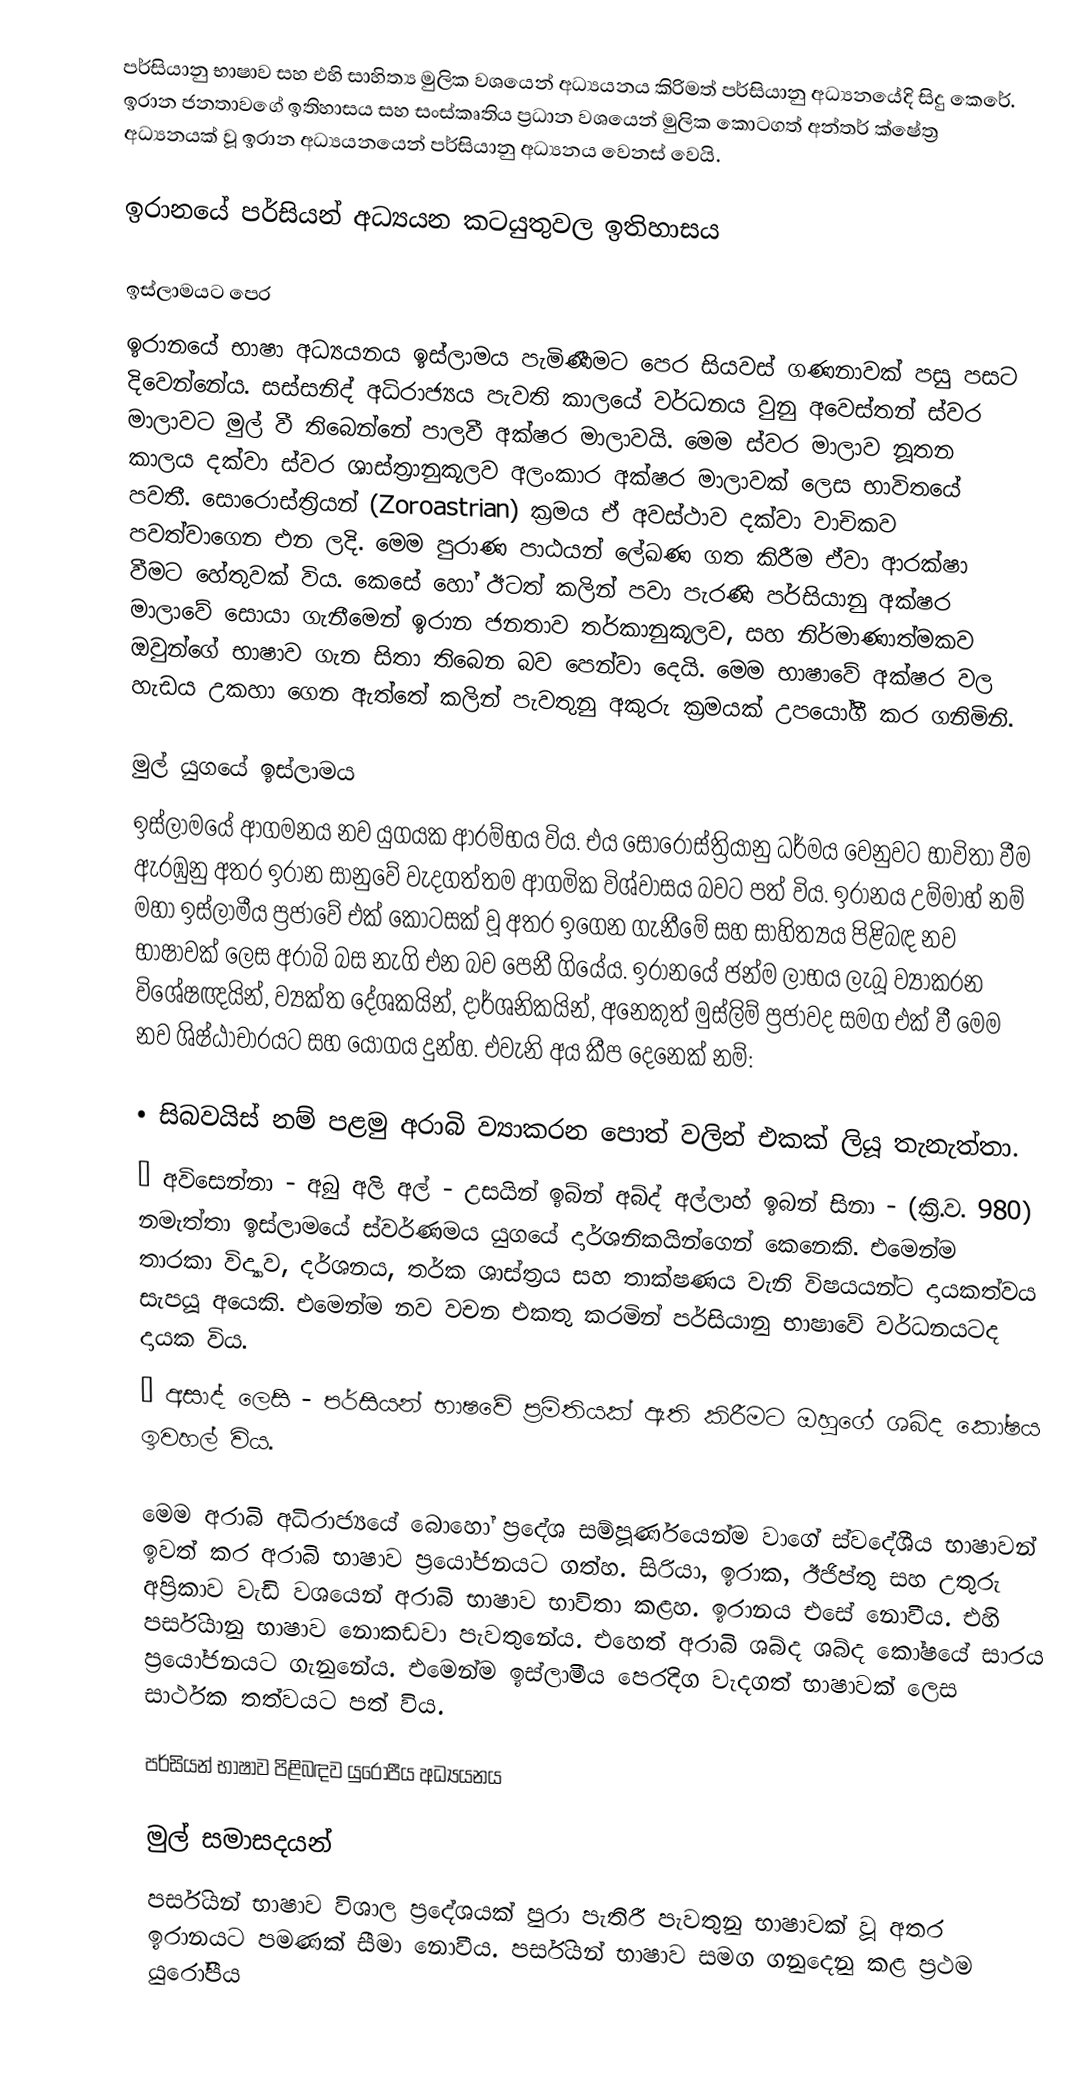
පර්සියානු භාෂාව සහ එහි සාහිත්‍ය මුලික වශයෙන් අධ්‍යයනය කිරිමත් පර්සියානු අධ්‍යනයේදි සිදු කෙරේ. ඉරාන ජනතාවගේ ඉතිහාසය සහ සංස්කෘතිය ප්‍රධාන වශයෙන් මුලික කොටගත් අන්තර් ක්ෂේත්‍ර අධ්‍යනයක් වූ ඉරාන අධ්‍යයනයෙන් පර්සියානු අධ්‍යනය වෙනස් වෙයි.

ඉරානයේ පර්සියන් අධ්‍යයන කටයුතුවල ඉතිහාසය

ඉස්ලාමයට පෙර
ඉරානයේ භාෂා අධ්‍යයනය ඉස්ලාමය පැමිණීමට පෙර සියවස් ගණනාවක් පසු පසට දිවෙන්නේය.  සස්සනිද් අධිරාජ්‍යය පැවති කාලයේ වර්ධනය වුනු අවෙස්තන් ස්වර මාලාවට මුල් වී තිබෙන්නේ පාලවී අක්ෂර මාලාවයි. මෙම ස්වර මාලාව නූතන කාලය දක්වා ස්වර ශාස්ත්‍රානුකූලව අලංකාර අක්ෂර මාලාවක් ලෙස භාවිතයේ පවතී. සොරොස්ත්‍රියන් (Zoroastrian) ක්‍රමය ඒ අවස්ථාව දක්වා වාචිකව පවත්වාගෙන එන ලදි. මෙම පුරාණ පාඨයන් ලේඛණ ගත කිරීම ඒවා ආරක්ෂා වීමට හේතුවක් විය. කෙසේ හෝ ඊටත් කලින් පවා පැරණි පර්සියානු අක්ෂර මාලාවේ සොයා ගැනීමෙන් ඉරාන ජනතාව තර්කානුකූලව, සහ නිර්මාණාත්මකව ඔවුන්ගේ භාෂාව ගැන සිතා තිබෙන බව පෙන්වා දෙයි. මෙම භාෂාවේ අක්ෂර වල හැඩය උකහා ගෙන ඇත්තේ කලින් පැවතුනු අකුරු ක්‍රමයක් උපයෝගී කර ගනිමිනි.

මුල් යුගයේ ඉස්ලාමය
ඉස්ලාමයේ ආගමනය නව යුගයක ආරම්භය විය. එය සොරොස්ත්‍රියානු ධර්මය වෙනුවට භාවිතා වීම ඇරඹුනු අතර ඉරාන සානුවේ වැදගත්තම ආගමික විශ්වාසය බවට පත් විය. ඉරානය උම්මාහ් නම් මහා ඉස්ලාමීය ප්‍රජාවේ එක් කොටසක් වූ අතර ඉගෙන ගැනීමේ සහ සාහිත්‍යය පිළිබඳ නව භාෂාවක් ලෙස අරාබි බස නැගි එන බව පෙනී ගියේය. ඉරානයේ ජන්ම ලාභය ලැබූ ව්‍යාකරන විශේෂඥයින්, ව්‍යක්ත දේශකයින්, දාර්ශනිකයින්, අනෙකුත් මුස්ලිම් ප්‍රජාවද සමග එක් වී මෙම නව ශිෂ්ඨාචාරයට සහ යෝගය දුන්හ. එවැනි අය කීප දෙනෙක් නම්:

	•	සිබවයිස් නම් පළමු අරාබි ව්‍යාකරන පොත් වලින් එකක් ලියූ තැනැත්තා.
	•	අවිසෙන්නා - අබු අලි අල් - උසයින් ඉබ්න් අබ්ද් අල්ලාහ් ඉබන් සිනා - (ක්‍රි.ව. 980) නමැත්තා ඉස්ලාමයේ ස්වර්ණමය යුගයේ දාර්ශනිකයින්ගෙන් කෙනෙකි. එමෙන්ම තාරකා විද්‍යාව, දර්ශනය, තර්ක ශාස්ත්‍රය සහ තාක්ෂණය වැනි විෂයයන්ට දායකත්වය සැපයූ අයෙකි. එමෙන්ම නව වචන එකතු කරමින් පර්සියානු භාෂාවේ වර්ධනයටද දායක විය.
	•	අසාද් ලෙසි - පර්සියන් භාෂවේ ප්‍රමිතියක් ඇති කිරීමට ඔහුගේ ශබ්ද කෝෂය ඉවහල් විය.

මෙම අරාබි අධිරාජ්‍යයේ බොහෝ ප්‍රදේශ සම්පූර්ණයෙන්ම වාගේ ස්වදේශීය භාෂාවන් ඉවත් කර  අරාබි භාෂාව ප්‍රයෝජනයට ගත්හ. සිරියා, ඉරාක, ඊජිප්තු සහ උතුරු අප්‍රිකාව වැඩි වශයෙන් අරාබි භාෂාව භාවිතා කළහ. ඉරානය එසේ නොවීය. එහි පර්සියානු භාෂාව නොකඩවා පැවතුනේය. එහෙත් අරාබි ශබ්ද ශබ්ද කෝෂයේ සාරය ප්‍රයෝජනයට ගැනුනේය. එමෙන්ම ඉස්ලාමීය පෙරදිග වැදගත් භාෂාවක් ලෙස සාර්ථක තත්වයට පත් විය.

පර්සියන් භාෂාව පිළිබඳව යුරෝපීය අධ්‍යයනය

මුල් සමාසදයන්
පර්සියන් භාෂාව විශාල ප්‍රදේශයක් පුරා පැතිරී පැවතුනු භාෂාවක් වූ අතර ඉරානයට පමණක් සීමා නොවීය. පර්සියන් භාෂාව සමග ගනුදෙනු කළ ප්‍රථම යුරෝපීය